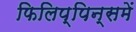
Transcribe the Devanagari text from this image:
फिलिप्पिन्समें